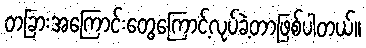
တခြားအကြောင်းတွေကြောင့်လုပ်ခဲ့တာဖြစ်ပါတယ်။